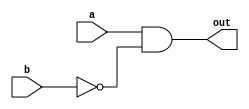
`timescale 1ns/1ps

module Universal_Gate(a, b, out);
input a, b;
output out;
wire _b;
not (_b, b);
and (out, a, _b);
endmodule